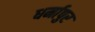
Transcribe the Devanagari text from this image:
धर्मापुर